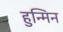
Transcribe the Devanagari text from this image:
हुन्मिन